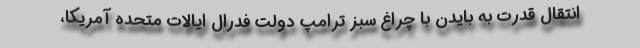
انتقال قدرت به بایدن با چراغ سبز ترامپ دولت فدرال ایالات متحده آمریکا،